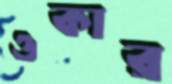
ওকার